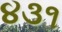
૪૩૧